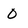
Character: 0